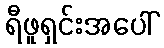
ရီဖူရှင်းအပေါ်